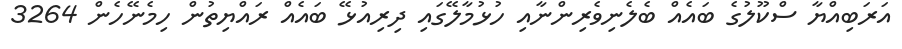
އަރަބިއްޔާ ސްކޫލުގެ ބަައެއް ބެލެނިވެރިންނާއި ހުޅުމާލޭގައި ދިރިއުޅޭ ބައެއް ރައްޔިތުން ހިމެނޭހެން 3264